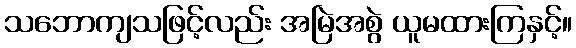
သဘောကျသဖြင့်လည်း အမြဲအစွဲ ယူမထားကြနှင့်။